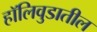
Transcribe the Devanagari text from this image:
हॉलिवुडातील